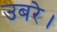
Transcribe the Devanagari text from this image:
उबरे।